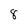
Character: 8